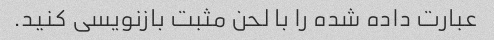
عبارت داده شده را با لحن مثبت بازنویسی کنید.